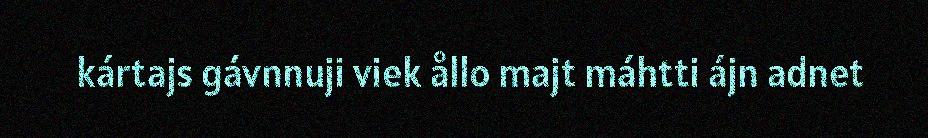
kártajs gávnnuji viek ållo majt máhtti ájn adnet